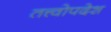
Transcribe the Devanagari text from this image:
तत्त्वोपदेश